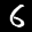
Label: 6